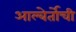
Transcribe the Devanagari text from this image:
आल्बेर्तोची